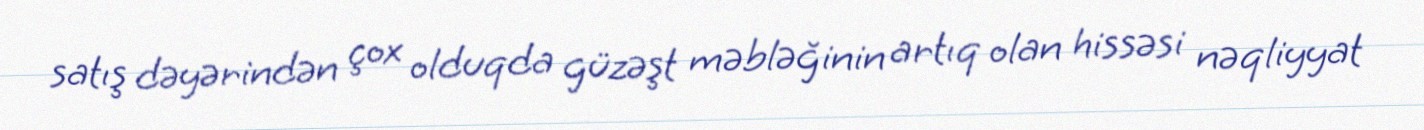
satış dəyərindən çox olduqda güzəşt məbləğinin artıq olan hissəsi nəqliyyat